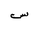
Letter: _sin